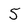
Character: 5